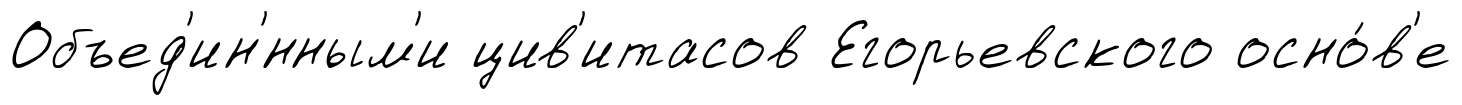
Объед'ин'́нным'и цив'итасов Егорьевского осно́в'е